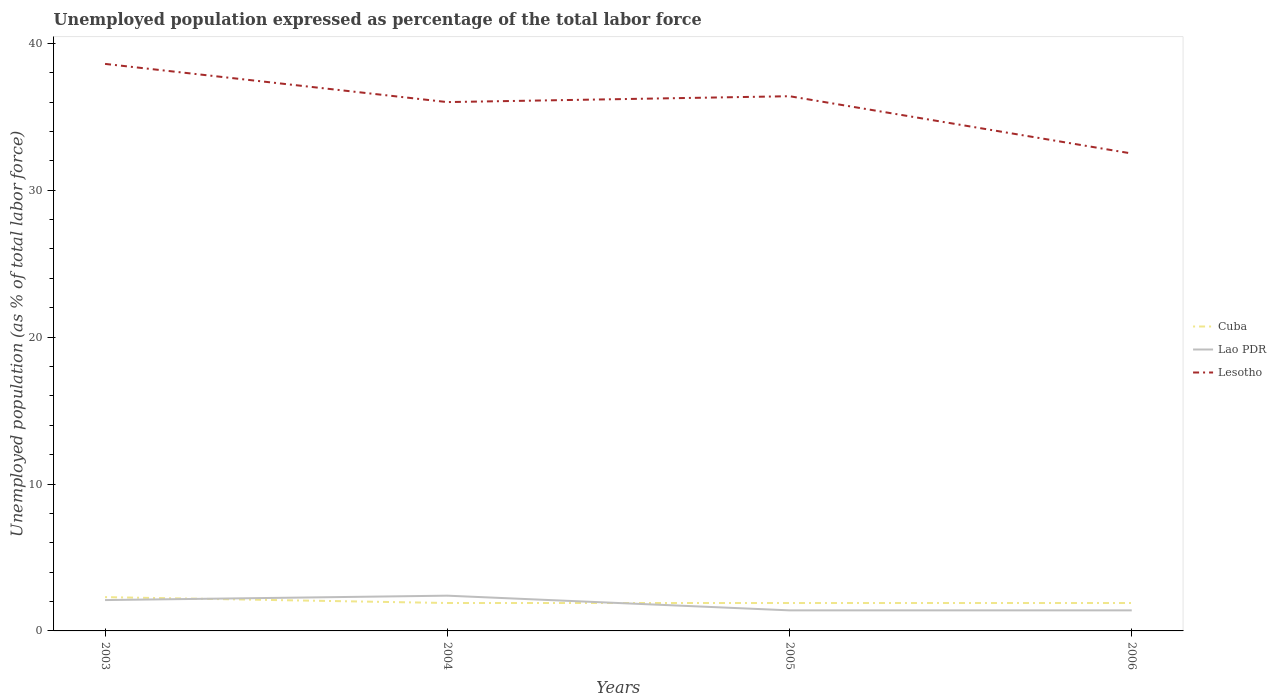
| Years | Cuba | Lao PDR | Lesotho |
 | --- | --- | --- | --- |
 | 2003 | 2.3 | 2.1 | 38.6 |
 | 2004 | 1.9 | 2.4 | 36 |
 | 2005 | 1.9 | 1.4 | 36.4 |
 | 2006 | 1.9 | 1.4 | 32.5 |